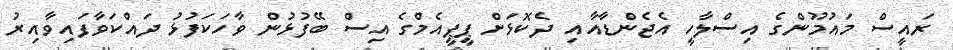
ރައީސް މައުމޫންގެ އިސްލާހީ އެޖެންޑާއާއި ދެކޮޅަށް ޕީޕީއެމްގެ އިސް ބޭފުޅުން ވާހަކަފުޅު ދައްކަވާފައިވާއިރު